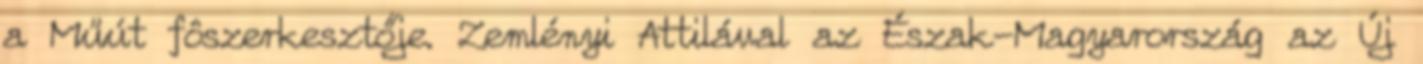
a Műút fôszerkesztője. Zemlényi Attilával az Észak-Magyarország az Új